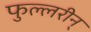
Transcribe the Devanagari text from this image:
फुल्लरीन्